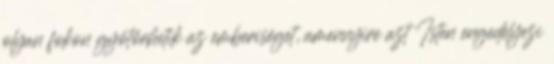
olyan fokon gyötörhetik az emberiséget, amennyire azt Isten engedélyezi